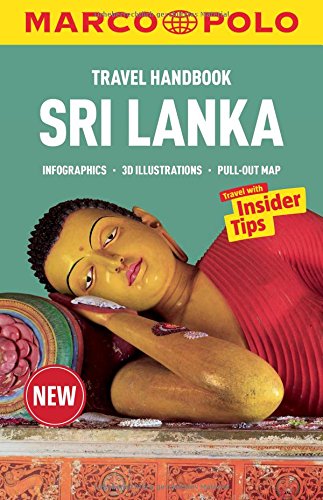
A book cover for Sri Lanka Marco Polo Handbook (Marco Polo Handbooks); Marco Polo Travel Publishing; Travel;